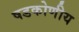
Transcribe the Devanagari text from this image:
षडकोणीय